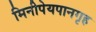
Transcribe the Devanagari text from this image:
मिनीपेयपानगृह